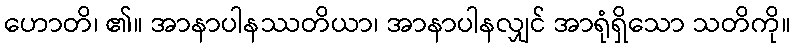
ဟောတိ၊ ၏။ အာနာပါနဿတိယာ၊ အာနာပါနလျှင် အာရုံရှိသော သတိကို။